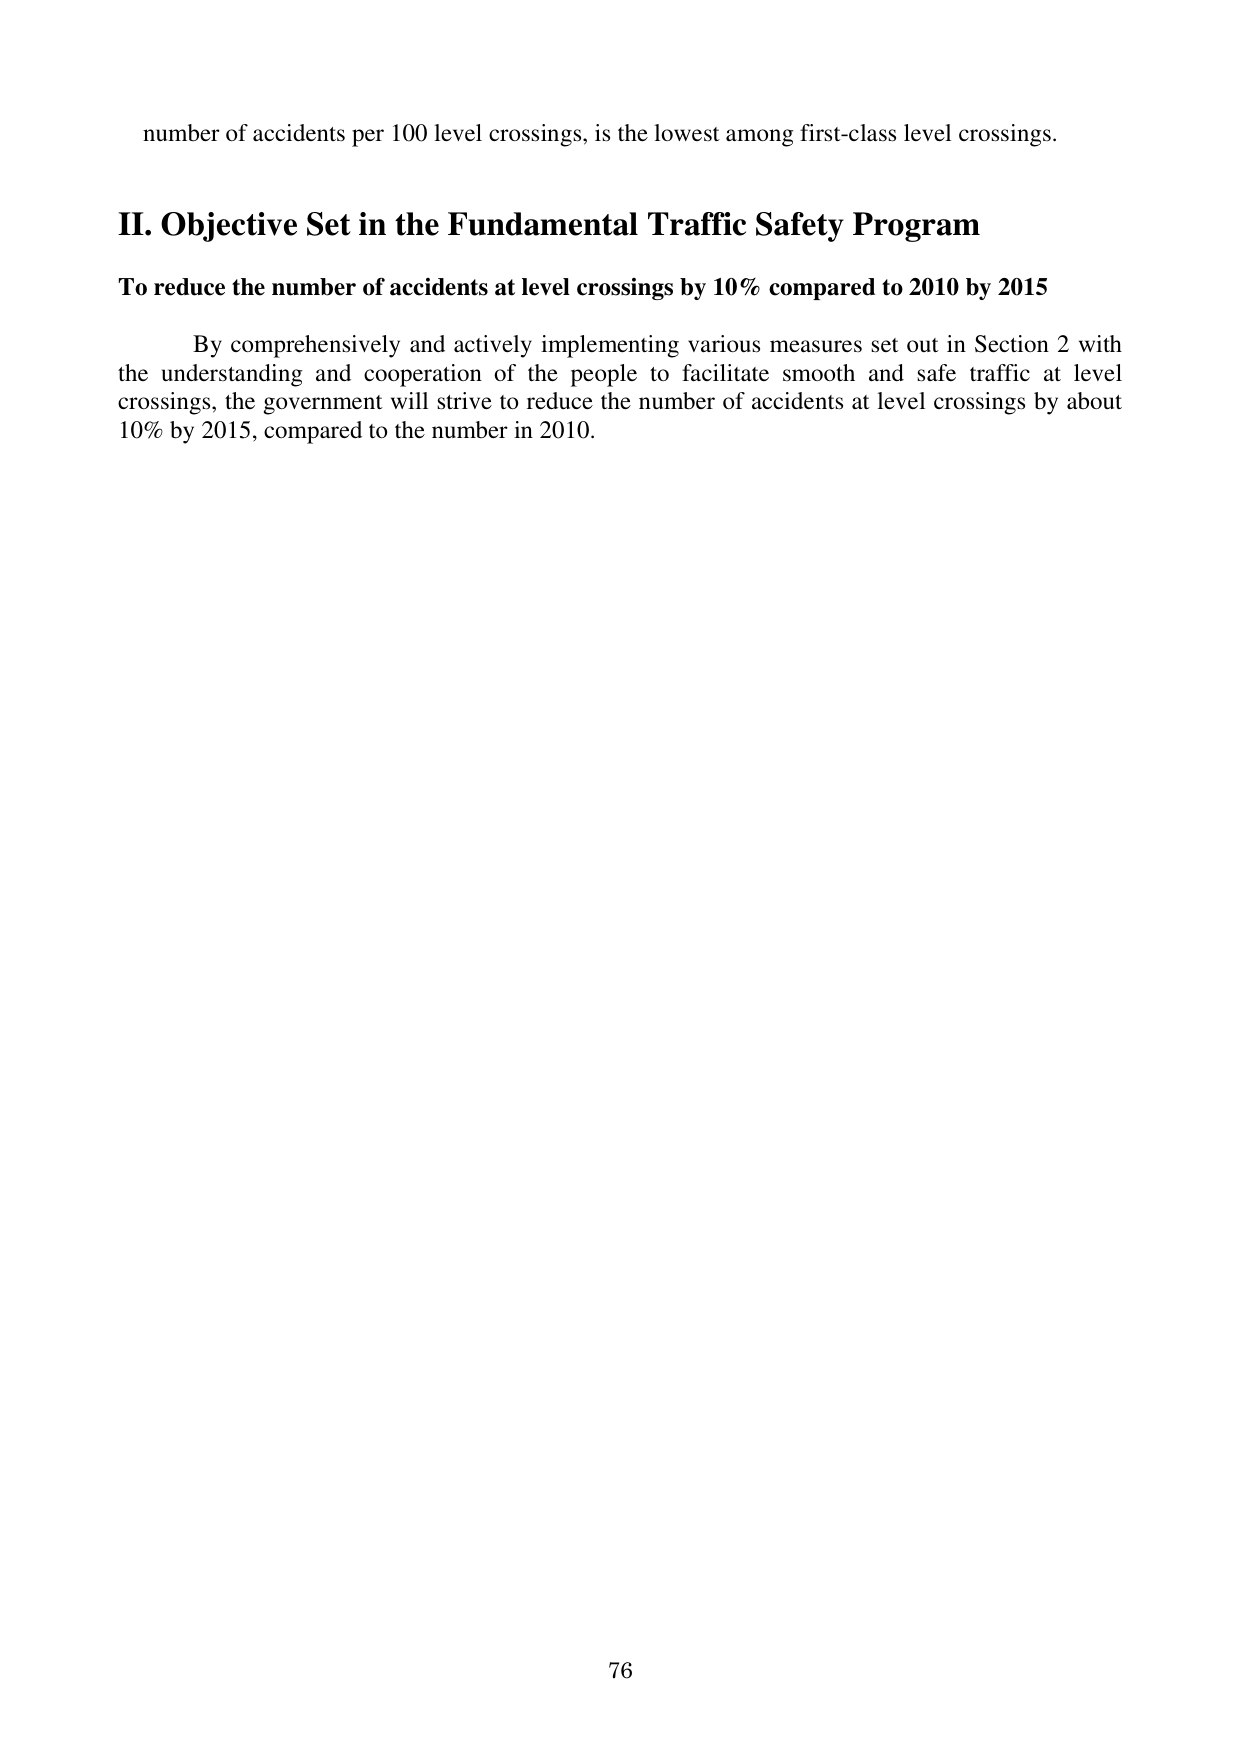
number of accidents per 100 level crossings, is the lowest among first-class level crossings.

II. Objective Set in the Fundamental Traffic Safety Program

To reduce the number of accidents at level crossings by 10% compared to 2010 by 2015

By comprehensively and actively implementing various measures set out in Section 2 with the understanding and cooperation of the people to facilitate smooth and safe traffic at level crossings, the government will strive to reduce the number of accidents at level crossings by about 10% by 2015, compared to the number in 2010.

76